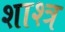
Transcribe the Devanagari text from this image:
शाश्त्र